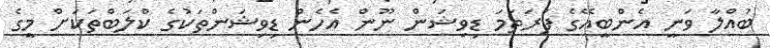
ބުއްލާ ވަނީ އެންބީއޭގެ ފުރަތަމަ ޑިވިޝަން ނޫން އެެހެން ޑިވިޝަންތަކުގެ ކްލަބްތަކަށް މީގެ